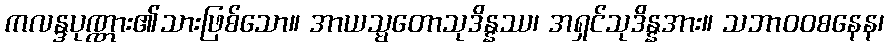
ကလန္ဒပုဏ္ဏား၏သားဖြစ်သော။ အာယသ္မတောသုဒိန္နဿ၊ အရှင်သုဒိန္နအား။ သဘာဝဝစနေန၊